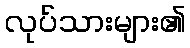
လုပ်သားများ၏